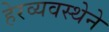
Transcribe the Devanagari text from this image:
हेरव्यवस्थेने